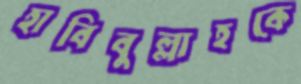
হাবিবুল্লাহকে